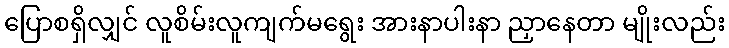
ပြောစရှိလျှင် လူစိမ်းလူကျက်မရွေး အားနာပါးနာ ညှာနေတာ မျိုးလည်း